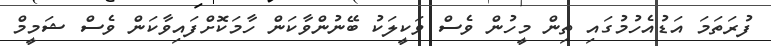
ފުރަތަމަ އަޑުއެހުމުގައި ތިން މީހުން ވެސް ވަކީލަކު ބޭނުންވާކަން ހާމަކޮށްފައިވާކަން ވެސް ޝަމީމް